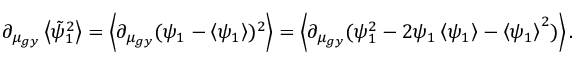
\partial _ { \mu _ { g y } } \left\langle \tilde { \psi } _ { 1 } ^ { 2 } \right\rangle = \left\langle \partial _ { \mu _ { g y } } ( \psi _ { 1 } - \left\langle \psi _ { 1 } \right\rangle ) ^ { 2 } \right\rangle = \left\langle \partial _ { \mu _ { g y } } ( \psi _ { 1 } ^ { 2 } - 2 \psi _ { 1 } \left\langle \psi _ { 1 } \right\rangle - \left\langle \psi _ { 1 } \right\rangle ^ { 2 } ) \right\rangle .